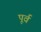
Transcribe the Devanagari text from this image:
पूर्व